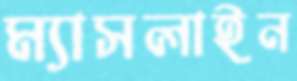
ম্যাসলাইন